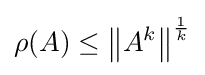
\rho (A)\leq \left\|A^{k}\right\|^{\frac {1}{k}}